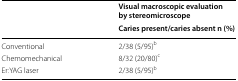
| <ROWSPAN=2>  | Visual macroscopic evaluation by stereomicroscope |
 | Caries present/caries absent n (%) |
 | --- | --- |
 | Conventional | 2/38 (5/95)b |
 | Chemomechanical | 8/32 (20/80)c |
 | Er:YAG laser | 2/38 (5/95)b |